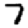
Digit: 7